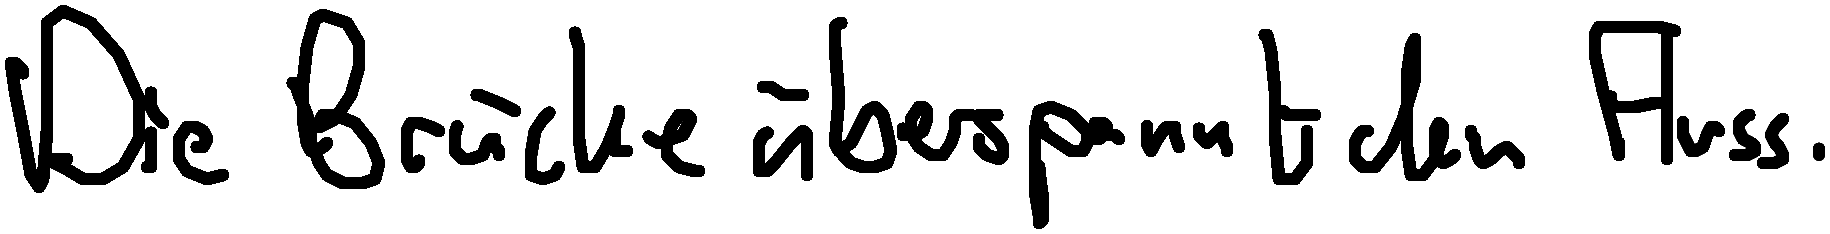
Die Brücke überspannt den Fluss.